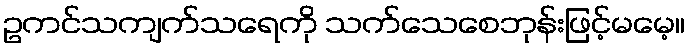
ဥကင်သကျက်သရေကို သက်သေစေဘုန်းဖြင့်မမေ့။